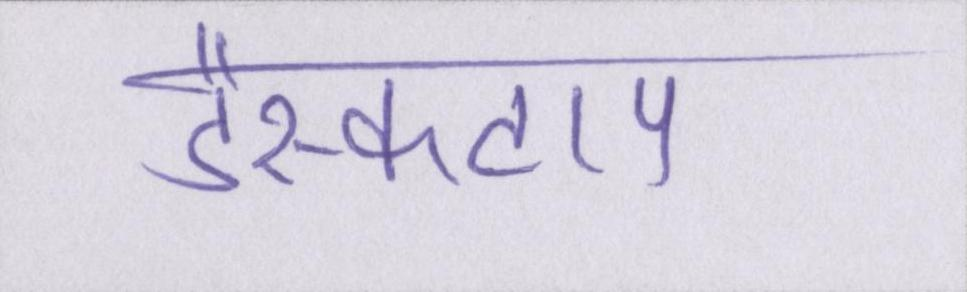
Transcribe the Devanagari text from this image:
डैस्कटाप